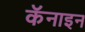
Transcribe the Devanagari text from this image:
कॅनाइन